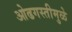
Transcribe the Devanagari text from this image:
ओढगस्तीमुळे